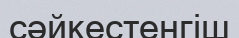
сәйкестенгіш